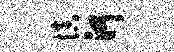
慎河